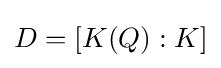
D=[K(Q):K]